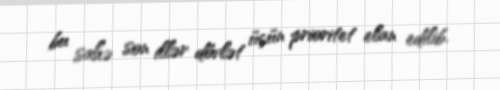
bu sahə son illər dövlət üçün prioritet elan edilib.